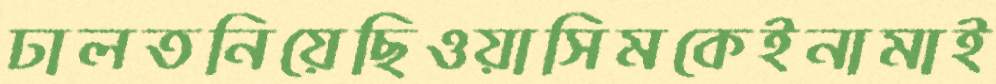
ঢালতনিয়েছিওয়াসিমকেইনামাই